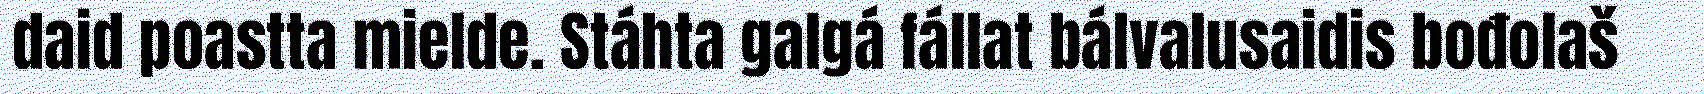
daid poastta mielde. Stáhta galgá fállat bálvalusaidis bođolaš